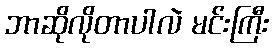
ဘာဆိုလိုတာပါလဲ မင်းကြီး